Vaccination United Provinces of Agra and Oudh 1923-1928 - 1923-1928
Year: 1923
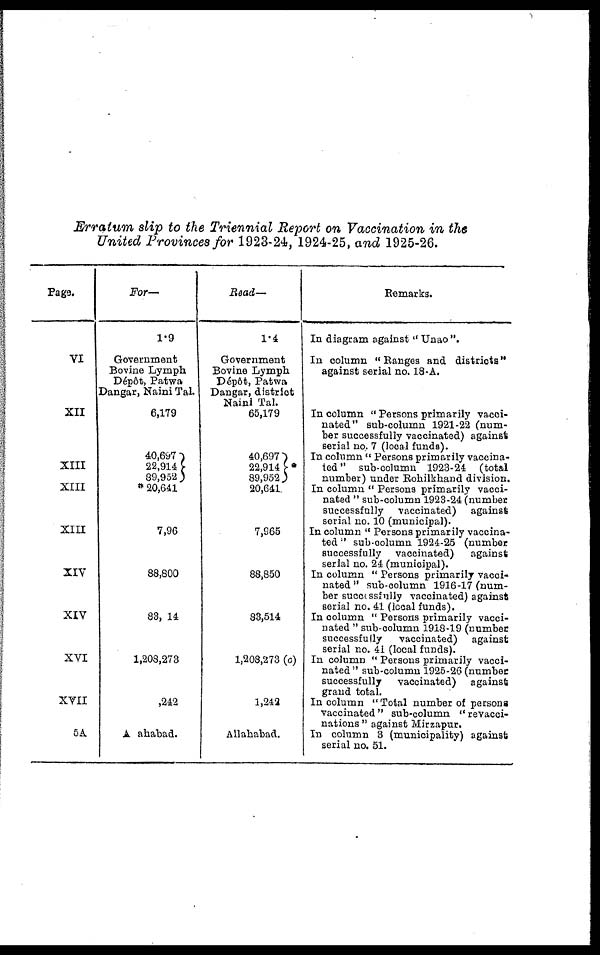
Erratum slip to the Triennial Report on Vaccination in the
United Provinces for 1923-24, 1924-25, and 1925-26.
Page.
VI
XII
XIII
XIII
XIII
XIV
XIV
XVI
XVII
5A
For—
1.9
Government
Bovine Lymph
Dépôt Patwa
Dangar, Naini Tal.
6,179
40,697
22,914
89,952
* 20,641
7,96
88,800
83, 14
1,208,273
,242
A ahabad.
Read—
1.4
Government
Bovine Lymph
Dépôt, Patwa
Dangar, district
Naini Tal.
65,179
40,697
22,914*
89,952
20,641
7,965
88,850
83,514
1,208,273 (c)
1,242
Allahabad.
Remarks.
In diagram against " Unao ".
In column " Ranges and districts"
against serial no. 18-A.
In column " Persons primarily vacci-
nated" sub-column 1921-22 (num-
ber successfully vaccinated) against
serial no. 7 (local funds).
In column " Persons primarily vaccina-
ted" sub-column 1923-24 (total
number) under Rohilkhand division.
In column " Persons primarily vacci-
nated " sub-column 1923-24 (number
successfully
vaccinated)
against
serial no. 10 (municipal).
In column " Persons primarily vaccina-
ted " sub-column 1924-25 (number
successfully
vaccinated)
against
serial no. 24 (municipal).
In column " Persons primarily vacci-
nated " sub-column 1916-17 (num-
ber successfully vaccinated) against
serial no. 41 (local funds).
In column " Persons primarily vacci-
nated " sub-column 1918-19 (number
successfully
vaccinated)
against
serial no. 41 (local funds).
In column " Persons primarily vacci-
nated " sub-column 1925-26 (number
successfully
vaccinated)
against
grand total.
In column " Total number of persons
vaccinated" sub-column " revacci-
nations " against Mirzapur.
In column 3 (municipality) against
serial no. 51.